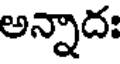
అన్నాదః